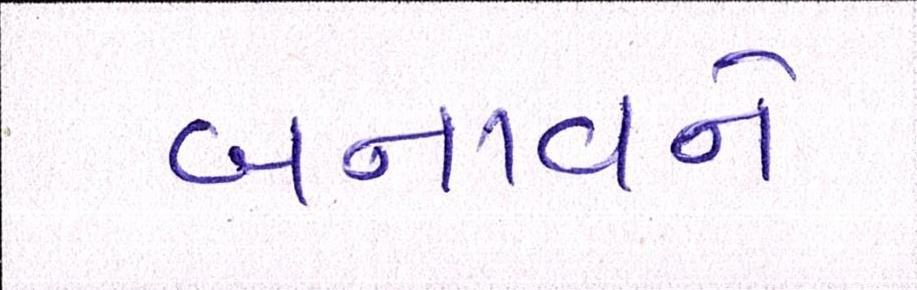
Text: બનાવને